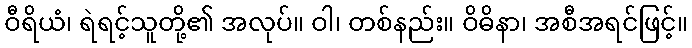
ဝီရိယံ၊ ရဲရင့်သူတို့၏ အလုပ်။ ဝါ၊ တစ်နည်း။ ဝိဓိနာ၊ အစီအရင်ဖြင့်။